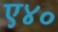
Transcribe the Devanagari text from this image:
ए४०